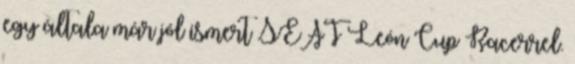
egy általa már jól ismert SEAT León Cup Racerrel.